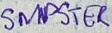
Text: SMPSTER